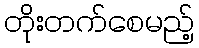
တိုးတက်စေမည့်